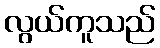
လွယ်ကူသည်